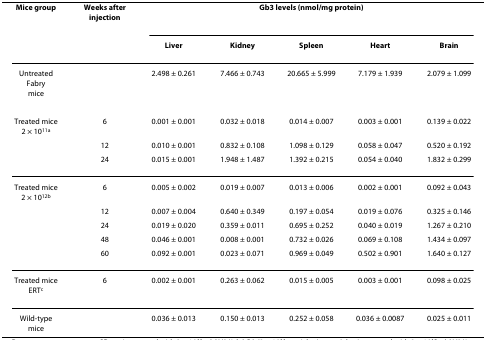
<table><thead><tr><td><b>Mice group</b></td><td><b>Weeks after injection</b></td><td colspan="5"><b>Gb3 levels (nmol/mg protein)</b></td></tr><tr><td></td><td></td><td><b>Liver</b></td><td><b>Kidney</b></td><td><b>Spleen</b></td><td><b>Heart</b></td><td><b>Brain</b></td></tr></thead><tbody><tr><td>Untreated Fabrymice</td><td></td><td>2.498 ± 0.261</td><td>7.466 ± 0.743</td><td>20.665 ± 5.999</td><td>7.179 ± 1.939</td><td>2.079 ± 1.099</td></tr><tr><td>Treated mice2 × 10<sup>11a</sup></td><td>6</td><td>0.001 ± 0.001</td><td>0.032 ± 0.018</td><td>0.014 ± 0.007</td><td>0.003 ± 0.001</td><td>0.139 ± 0.022</td></tr><tr><td></td><td>12</td><td>0.010 ± 0.001</td><td>0.832 ± 0.108</td><td>1.098 ± 0.129</td><td>0.058 ± 0.047</td><td>0.520 ± 0.192</td></tr><tr><td></td><td>24</td><td>0.015 ± 0.001</td><td>1.948 ± 1.487</td><td>1.392 ± 0.215</td><td>0.054 ± 0.040</td><td>1.832 ± 0.299</td></tr><tr><td>Treated mice2 × 10<sup>12b</sup></td><td>6</td><td>0.005 ± 0.002</td><td>0.019 ± 0.007</td><td>0.013 ± 0.006</td><td>0.002 ± 0.001</td><td>0.092 ± 0.043</td></tr><tr><td></td><td>12</td><td>0.007 ± 0.004</td><td>0.640 ± 0.349</td><td>0.197 ± 0.054</td><td>0.019 ± 0.076</td><td>0.325 ± 0.146</td></tr><tr><td></td><td>24</td><td>0.019 ± 0.020</td><td>0.359 ± 0.011</td><td>0.695 ± 0.252</td><td>0.040 ± 0.019</td><td>1.267 ± 0.210</td></tr><tr><td></td><td>48</td><td>0.046 ± 0.001</td><td>0.008 ± 0.001</td><td>0.732 ± 0.026</td><td>0.069 ± 0.108</td><td>1.434 ± 0.097</td></tr><tr><td></td><td>60</td><td>0.092 ± 0.001</td><td>0.023 ± 0.071</td><td>0.969 ± 0.049</td><td>0.502 ± 0.901</td><td>1.640 ± 0.127</td></tr><tr><td>Treated miceERT<sup>c</sup></td><td>6</td><td>0.002 ± 0.001</td><td>0.263 ± 0.062</td><td>0.015 ± 0.005</td><td>0.003 ± 0.001</td><td>0.098 ± 0.025</td></tr><tr><td>Wild-type mice</td><td></td><td>0.036 ± 0.013</td><td>0.150 ± 0.013</td><td>0.252 ± 0.058</td><td>0.036 ± 0.0087</td><td>0.025 ± 0.011</td></tr></tbody></table>